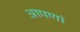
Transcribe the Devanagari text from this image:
आपणां